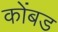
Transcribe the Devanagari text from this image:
कोंबड